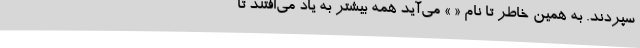
سپردند. به همین خاطر تا نام « » می‌آید همه بیشتر به یاد می‌افتند تا